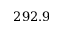
2 9 2 . 9